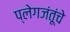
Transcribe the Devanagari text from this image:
प्लेगजंतूंचे